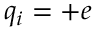
q _ { i } = + e